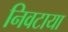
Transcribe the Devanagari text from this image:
निवटाया